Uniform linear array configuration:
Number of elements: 8
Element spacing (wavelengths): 0.75
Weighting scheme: uniform
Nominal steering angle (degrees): -45
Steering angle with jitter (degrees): -43.246
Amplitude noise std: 0.05
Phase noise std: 0.05

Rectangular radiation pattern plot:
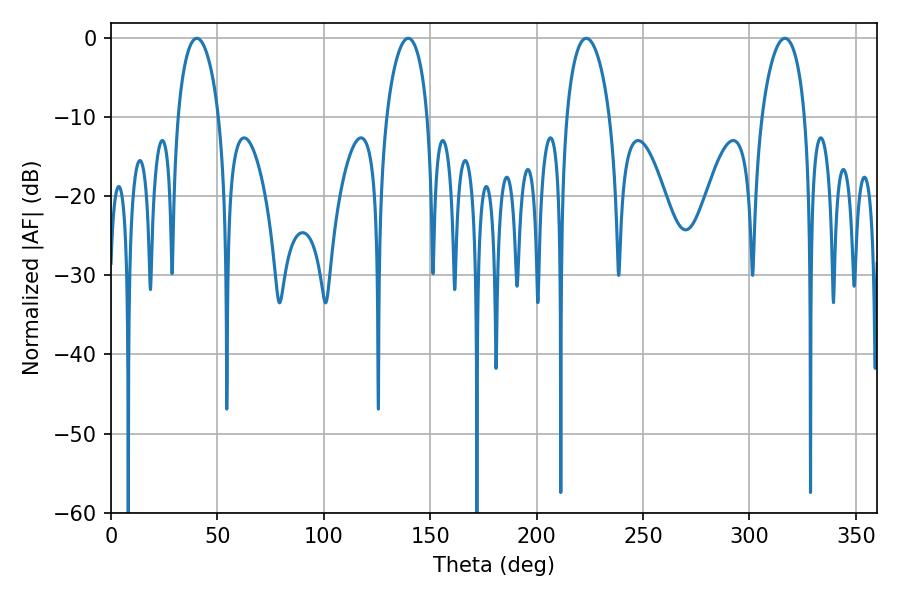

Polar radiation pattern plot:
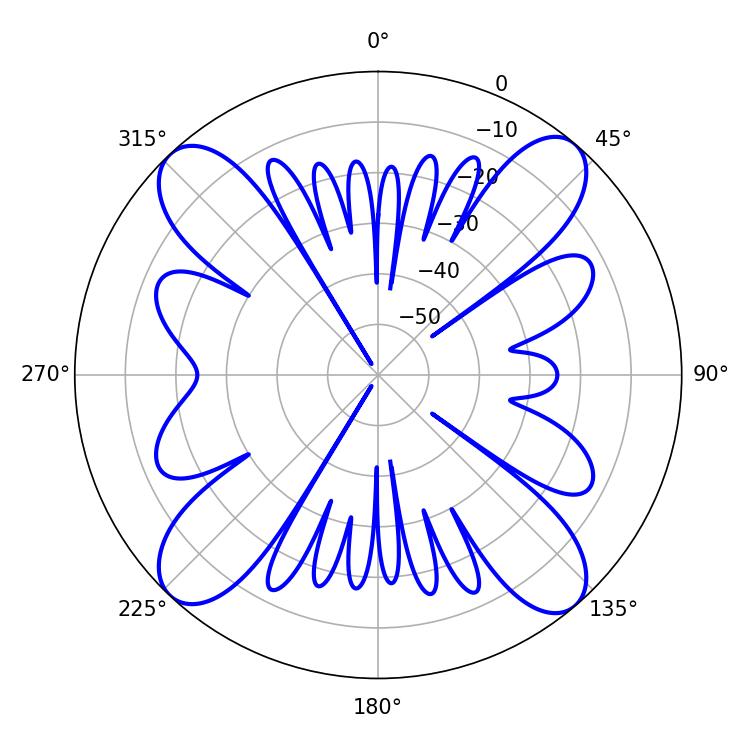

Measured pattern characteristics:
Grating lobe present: TRUE
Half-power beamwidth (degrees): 10.98
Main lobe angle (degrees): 40.32